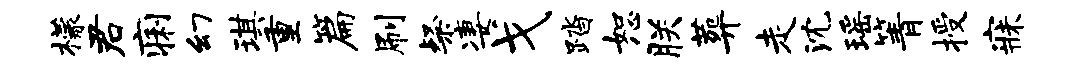
檬君痢幻琪重篇刷粲凄戈踏恕朕葬走沈瑶箐授寐